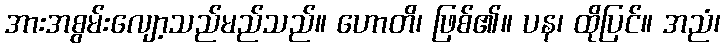
အားအစွမ်းလျော့သည်မည်သည်။ ဟောတိ၊ ဖြစ်၏။ ပန၊ ထိုပြင်။ အညံ၊